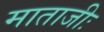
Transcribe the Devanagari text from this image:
माताजीः